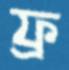
ফ্র